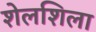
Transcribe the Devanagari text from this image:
शेलशिला